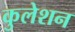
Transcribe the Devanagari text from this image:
कुलेशन